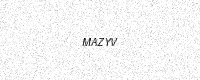
Text: MAZYV